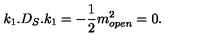
k _ { 1 } . D _ { S } . k _ { 1 } = - { \frac { 1 } { 2 } } m _ { o p e n } ^ { 2 } = 0 .